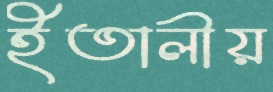
ইতালীয়